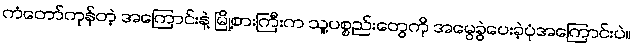
ကံတော်ကုန်တဲ့ အကြောင်းနဲ့ မြို့စားကြီးက သူ့ပစ္စည်းတွေကို အမွေခွဲပေးခဲ့ပုံအကြောင်းပဲ။